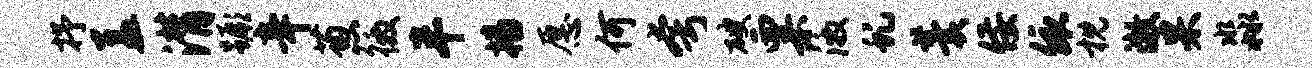
抒盖潸蹶辛葱徼半播愿何夸破粟激虬羹佞依枕澈杲淼